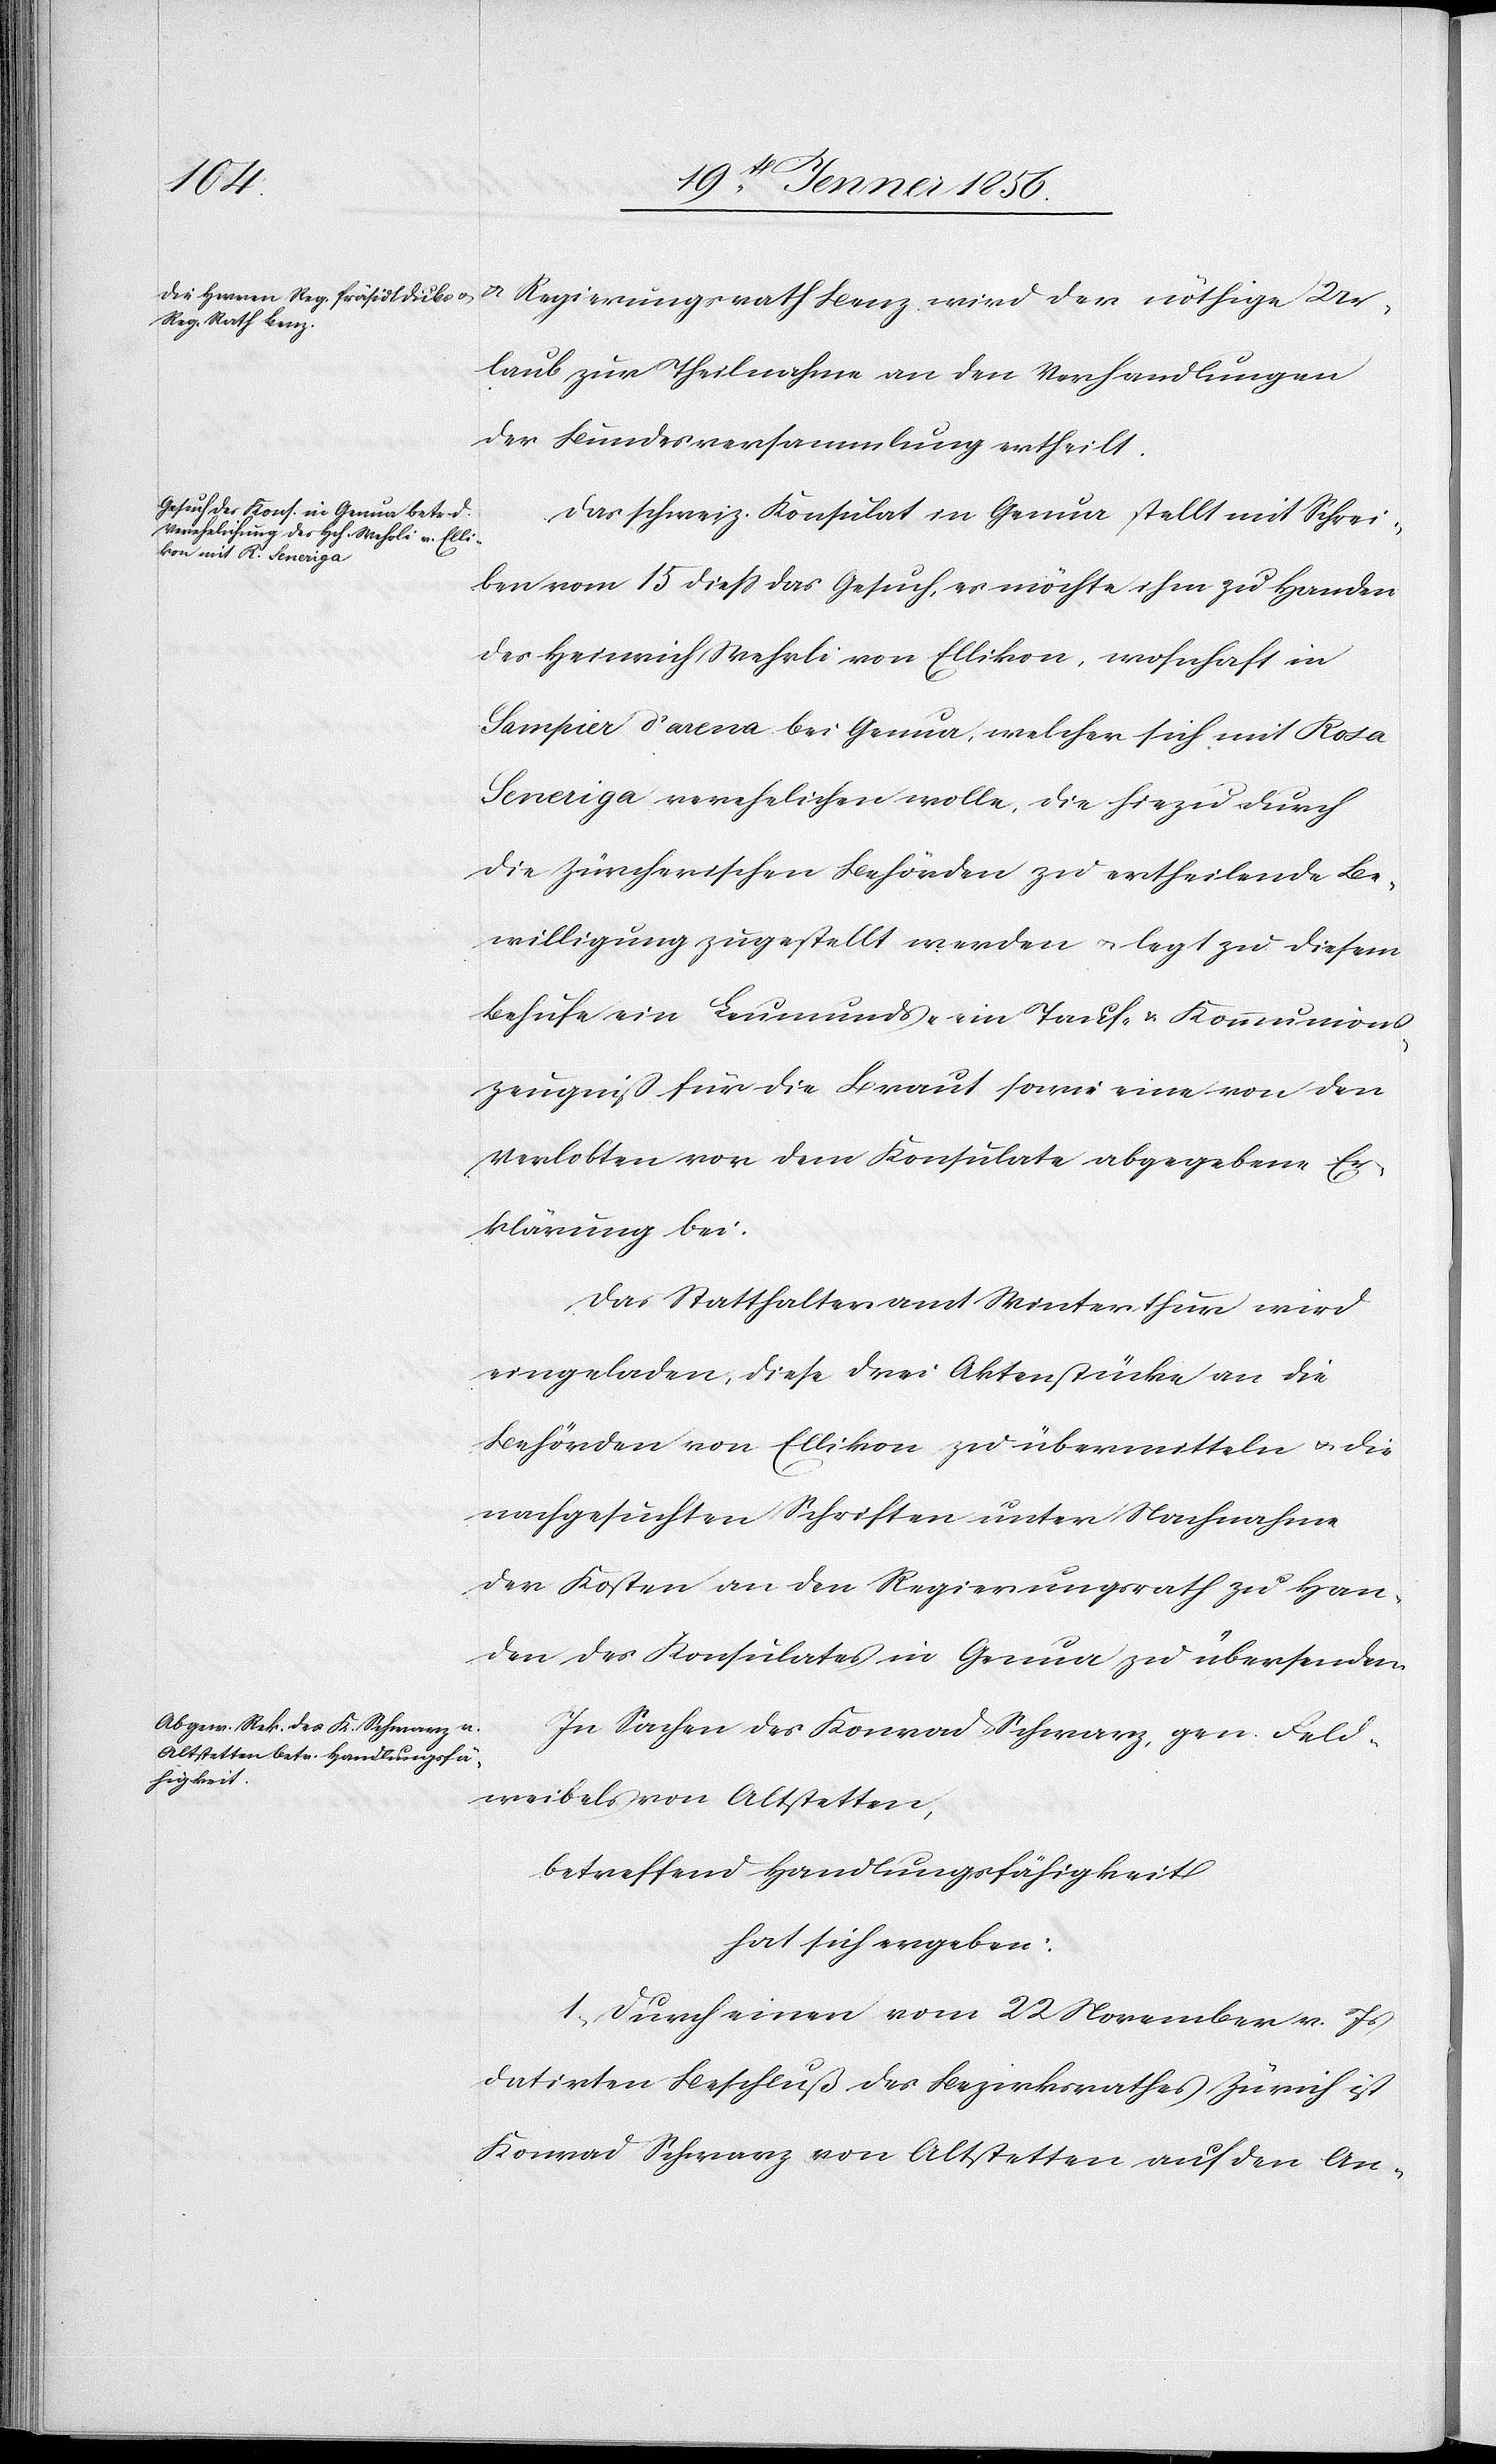
u. Regierungsrath Benz wird der nöthige Ur¬
laub zur Theilnahme an den Verhandlungen
der Bundesversammlung ertheilt.
Das schweiz. Konsulat in Genua stellt mit Schrei¬
ben vom 15 dieß das Gesuch, es möchte ihm zu Handen
des Heinrich Mehrli von Ellikon, wohnhaft in
Sampier d’arena bei Genau, welcher sich mit Rosa
Seneriga verehelichen wolle, die hiezu durch
die Zürcherischen Behörden zu ertheilende Be¬
willigung zugestellt werden u. legt zu diesem
Behufe ein Leumunds- [,] ein Tauf- u. Kommunions¬
zeugniß für die Braut sowie eine von den
Verlobten vor dem Konsulate abgegebene Er¬
klärung bei.
Das Statthalteramt Winterthur wird
eingeladen, diese drei Aktenstücke an die
Behörden von Ellikon zu übermitteln u. die
nachgesuchten Schriften unter Nachnahme
der Kosten an den Regierungsrath zu Han¬
den des Konsulates in Genua zu übersenden.
In Sachen des Konrad Schwarz, gen. Feld¬
weibels von Altstetten,
betreffend Handlungsfähigkeit
hat sich ergeben:
1, Durch einen vom 22 November v. Js
datirten Beschluß des Bezirksrathes Zürich ist
Konrad Schwarz von Altstetten auf den An-